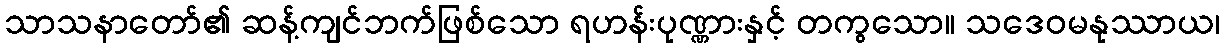
သာသနာတော်၏ ဆန့်ကျင်ဘက်ဖြစ်သော ရဟန်းပုဏ္ဏားနှင့် တကွသော။ သဒေဝမနုဿာယ၊